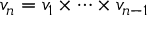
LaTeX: v _ { n } = v _ { 1 } \times \cdots \times v _ { n - 1 }